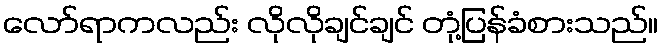
လော်ရာကလည်း လိုလိုချင်ချင် တုံ့ပြန်ခံစားသည်။